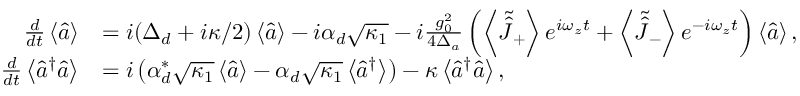
\begin{array} { r l } { \frac { d } { d t } \left\langle \hat { a } \right\rangle } & { = i ( \Delta _ { d } + i \kappa / 2 ) \left\langle \hat { a } \right\rangle - i \alpha _ { d } \sqrt { \kappa _ { 1 } } - i \frac { g _ { 0 } ^ { 2 } } { 4 \Delta _ { a } } \left( \left\langle \tilde { \hat { J } } _ { + } \right\rangle e ^ { i \omega _ { z } t } + \left\langle \tilde { \hat { J } } _ { - } \right\rangle e ^ { - i \omega _ { z } t } \right) \left\langle \hat { a } \right\rangle , } \\ { \frac { d } { d t } \left\langle \hat { a } ^ { \dagger } \hat { a } \right\rangle } & { = i \left( \alpha _ { d } ^ { * } \sqrt { \kappa _ { 1 } } \left\langle \hat { a } \right\rangle - \alpha _ { d } \sqrt { \kappa _ { 1 } } \left\langle \hat { a } ^ { \dagger } \right\rangle \right) - \kappa \left\langle \hat { a } ^ { \dagger } \hat { a } \right\rangle , } \end{array}